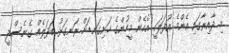
މި ދާއިރާގައި އެންމެ އުފަލަކީ އެހެން މީހުންގެ ހަށިގަނޑަށް ރަނގަޅު ބަދަލެއް ގެނެސްދީ